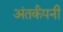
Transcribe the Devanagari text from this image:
अंतर्कंपनी